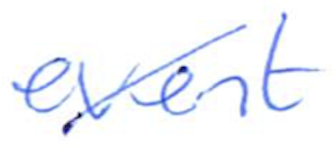
Text: event
Cross-out: diagonal
Writing tool: ballpoint